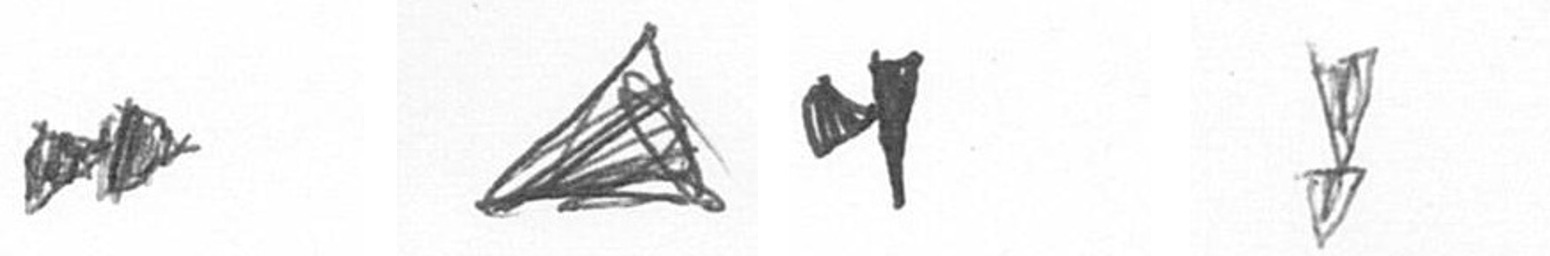
A O M Z